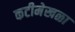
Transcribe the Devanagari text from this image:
कटीमेखळा